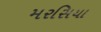
મરસિયા